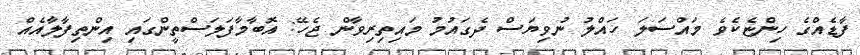
ފާޑެއްގެ ހިންޏެކެވެ މައްސަލަ ހައްލު ނުވިޔަސް ދެގައުމު މައިތިރިވާން ޖެހޭ: އޮބާމާފަލަސްތީންގައި އިންތިފާލާއެއް